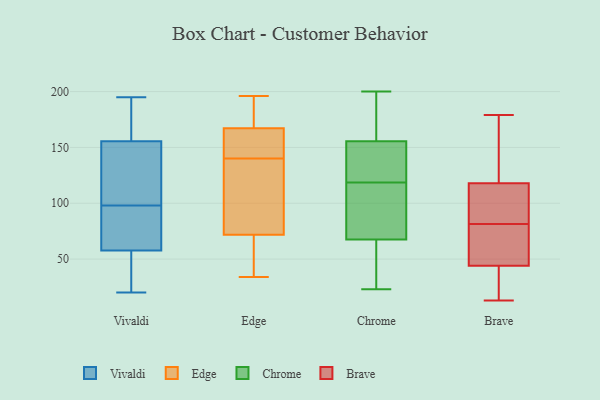
{"axis": {"x": "Net Income (USD K)", "y": "Value"}, "legend": ["Brave", "Chrome", "Edge", "Vivaldi"], "data": [{"x": "", "y": 63, "type": "Vivaldi"}, {"x": "", "y": 157, "type": "Vivaldi"}, {"x": "", "y": 73, "type": "Vivaldi"}, {"x": "", "y": 98, "type": "Vivaldi"}, {"x": "", "y": 52, "type": "Vivaldi"}, {"x": "", "y": 60, "type": "Vivaldi"}, {"x": "", "y": 195, "type": "Vivaldi"}, {"x": "", "y": 122, "type": "Vivaldi"}, {"x": "", "y": 20, "type": "Vivaldi"}, {"x": "", "y": 189, "type": "Vivaldi"}, {"x": "", "y": 45, "type": "Vivaldi"}, {"x": "", "y": 168, "type": "Vivaldi"}, {"x": "", "y": 98, "type": "Vivaldi"}, {"x": "", "y": 151, "type": "Vivaldi"}, {"x": "", "y": 57, "type": "Vivaldi"}, {"x": "", "y": 172, "type": "Edge"}, {"x": "", "y": 196, "type": "Edge"}, {"x": "", "y": 140, "type": "Edge"}, {"x": "", "y": 153, "type": "Edge"}, {"x": "", "y": 34, "type": "Edge"}, {"x": "", "y": 114, "type": "Edge"}, {"x": "", "y": 95, "type": "Edge"}, {"x": "", "y": 63, "type": "Edge"}, {"x": "", "y": 181, "type": "Edge"}, {"x": "", "y": 64, "type": "Edge"}, {"x": "", "y": 148, "type": "Edge"}, {"x": "", "y": 122, "type": "Chrome"}, {"x": "", "y": 200, "type": "Chrome"}, {"x": "", "y": 91, "type": "Chrome"}, {"x": "", "y": 81, "type": "Chrome"}, {"x": "", "y": 32, "type": "Chrome"}, {"x": "", "y": 124, "type": "Chrome"}, {"x": "", "y": 23, "type": "Chrome"}, {"x": "", "y": 35, "type": "Chrome"}, {"x": "", "y": 34, "type": "Chrome"}, {"x": "", "y": 189, "type": "Chrome"}, {"x": "", "y": 142, "type": "Chrome"}, {"x": "", "y": 185, "type": "Chrome"}, {"x": "", "y": 115, "type": "Chrome"}, {"x": "", "y": 92, "type": "Chrome"}, {"x": "", "y": 127, "type": "Chrome"}, {"x": "", "y": 169, "type": "Chrome"}, {"x": "", "y": 54, "type": "Chrome"}, {"x": "", "y": 107, "type": "Chrome"}, {"x": "", "y": 124, "type": "Chrome"}, {"x": "", "y": 182, "type": "Chrome"}, {"x": "", "y": 73, "type": "Brave"}, {"x": "", "y": 90, "type": "Brave"}, {"x": "", "y": 33, "type": "Brave"}, {"x": "", "y": 179, "type": "Brave"}, {"x": "", "y": 65, "type": "Brave"}, {"x": "", "y": 152, "type": "Brave"}, {"x": "", "y": 13, "type": "Brave"}, {"x": "", "y": 64, "type": "Brave"}, {"x": "", "y": 100, "type": "Brave"}, {"x": "", "y": 97, "type": "Brave"}, {"x": "", "y": 44, "type": "Brave"}, {"x": "", "y": 174, "type": "Brave"}, {"x": "", "y": 118, "type": "Brave"}, {"x": "", "y": 20, "type": "Brave"}]}